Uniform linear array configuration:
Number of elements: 12
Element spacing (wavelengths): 1
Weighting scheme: kaiser
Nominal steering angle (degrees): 45
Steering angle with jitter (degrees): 45.241
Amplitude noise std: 0.05
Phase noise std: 0.05

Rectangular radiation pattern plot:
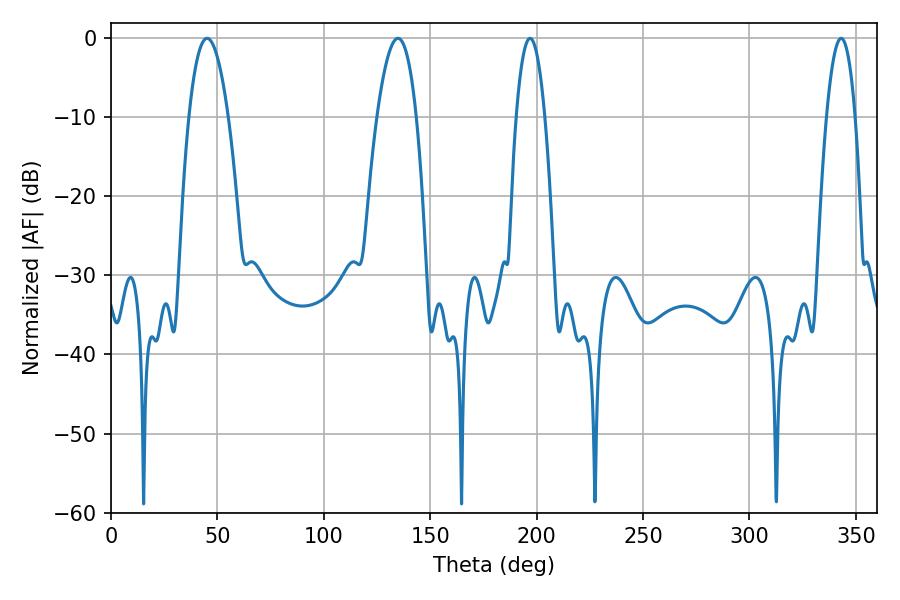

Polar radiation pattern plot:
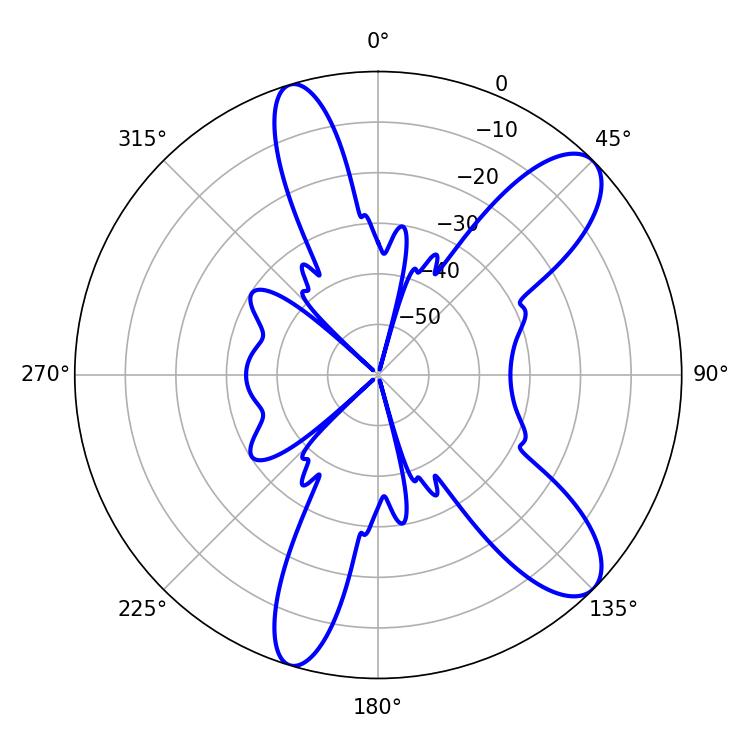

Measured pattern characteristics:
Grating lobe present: TRUE
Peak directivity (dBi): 10.208
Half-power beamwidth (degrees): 7.38
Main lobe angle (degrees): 196.92